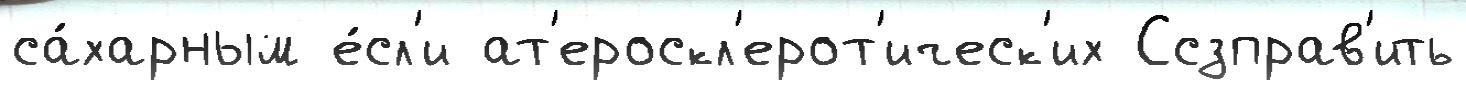
са́харным е́сл'и ат'ероскл'ерот'ическ'их Ссзправ'ить